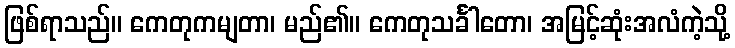
ဖြစ်ရာသည်။ ကေတုကမျတာ၊ မည်၏။ ကေတုသင်္ခါတော၊ အမြင့်ဆုံးအလံကဲ့သို့